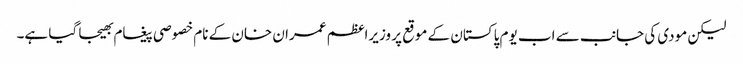
لیکن مودی کی جانب سے اب یوم پاکستان کے موقع پر وزیراعظم عمران خان کے نام خصوصی پیغام بھیجا گیا ہے۔